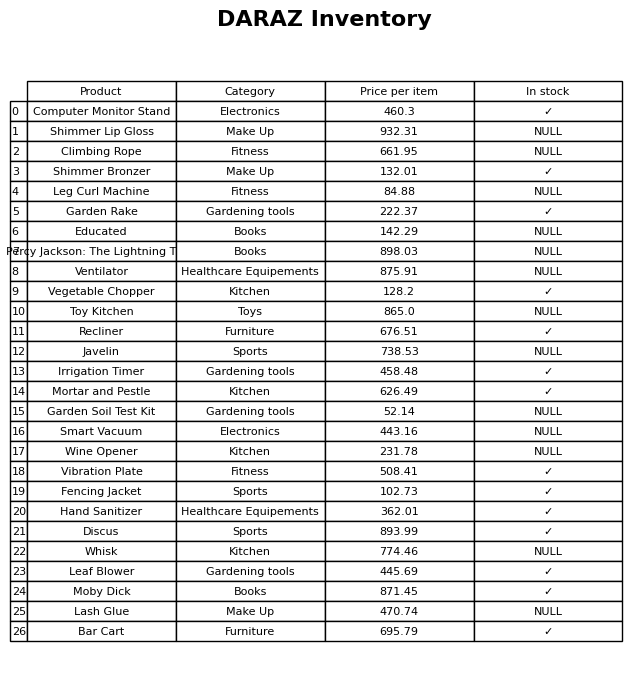
question: What is the stock status of the Computer Monitor Stand?
answer: ✓